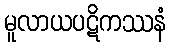
မူလာယပဋိကဿနံ